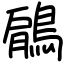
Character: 鵳